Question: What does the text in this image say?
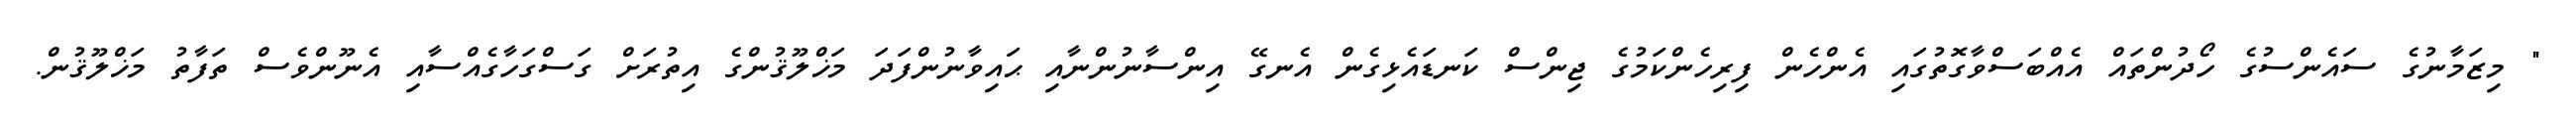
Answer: " މިޒަމާނުގެ ސައެންސުގެ ހޯދުންތައް އެއްބަސްވާގޮތުގައި އެންހެން ފިރިހެންކަމުގެ ޖިންސް ކަނޑައެޅިގެން އެނގޭ އިންސާނުންނާއި ޙައިވާނުންފަދަ މަޚްލޫޤުންގެ އިތުރަށް ގަސްގަހާގެއްސާއި އެނޫންވެސް ތަފާތު މަޚްލޫޤުން.